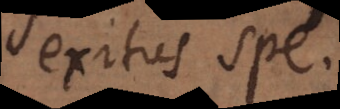
exitus spe.